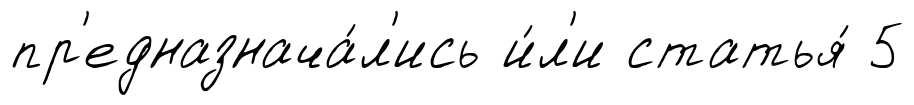
пр'едназнача́л'ись и́л'и статья́ 5